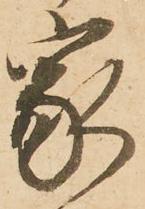
家